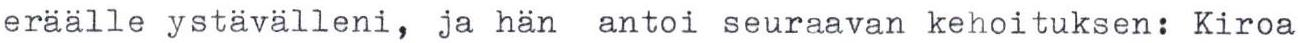
eräälle ystävälleni, ja hän antoi seuraavan kehoituksen: Kiroa